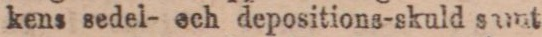
kens sedel- ech depositions-skuld sunt